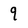
Character: 9